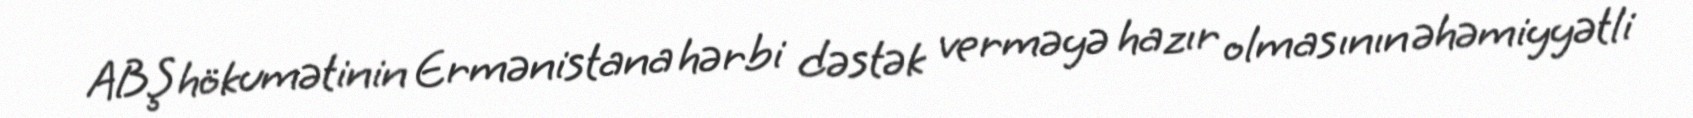
ABŞ hökumətinin Ermənistana hərbi dəstək verməyə hazır olmasının əhəmiyyətli